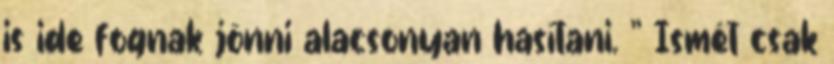
is ide fognak jönni alacsonyan hasítani. ” Ismét csak